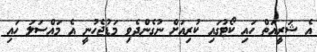
އެ ޝަރީއަތް ހައި ކޯޓުގައި ކުރިއަށް ނުގެންދެވި މަޑުޖެހުނީ އެ މައްސަލަ ހައި